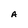
Character: A